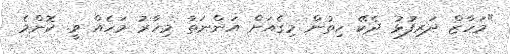
"މަހާޒް ދަރިފުޅު ދެކޭ ހިތުން މިގެއަށް އަންނަތާ މިހާރު މަހެއް ވީ. ކޮންމެ